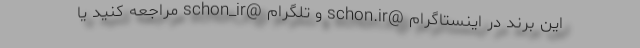
این برند در اینستاگرام @schon.ir و تلگرام @schon_ir مراجعه کنید یا